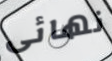
نهائى